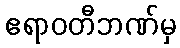
ဧရာဝတီဘဏ်မှ